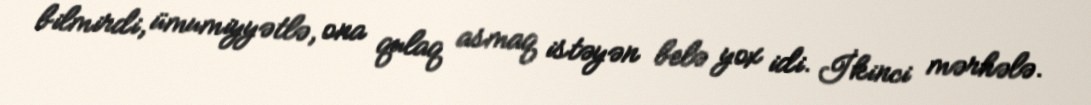
bilmirdi, ümumiyyətlə, ona qulaq asmaq istəyən belə yox idi. İkinci mərhələ.